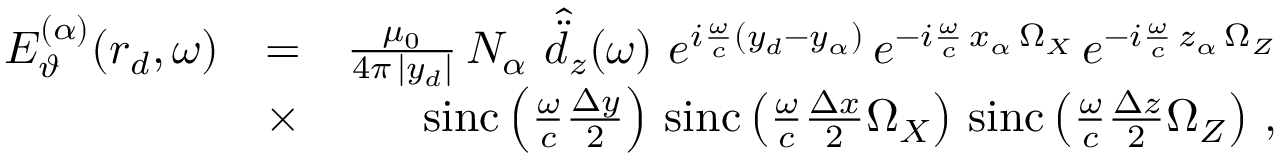
\begin{array} { r l r } { E _ { \vartheta } ^ { ( \alpha ) } ( \boldsymbol { r } _ { d } , \omega ) } & { = } & { \frac { \mu _ { 0 } } { 4 \pi \, | y _ { d } | } \, N _ { \alpha } \, \, \hat { \ddot { d } } _ { z } ( \omega ) \, \, e ^ { i \frac { \omega } { c } ( y _ { d } - y _ { \alpha } ) } \, e ^ { - i \frac { \omega } { c } \, x _ { \alpha } \, \Omega _ { X } } \, e ^ { - i \frac { \omega } { c } \, z _ { \alpha } \, \Omega _ { Z } } } \\ & { \times } & { \mathrm { s i n c } \left( \frac { \omega } { c } \frac { \Delta y } { 2 } \right) \, \mathrm { s i n c } \left( \frac { \omega } { c } \frac { \Delta x } { 2 } \Omega _ { X } \right) \, \mathrm { s i n c } \left( \frac { \omega } { c } \frac { \Delta z } { 2 } \Omega _ { Z } \right) \, , } \end{array}